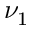
\nu _ { 1 }